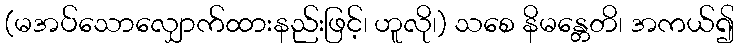
(မအပ်သောလျှောက်ထားနည်းဖြင့်၊ ဟူလို၊) သစေ နိမန္တေတိ၊ အကယ်၍